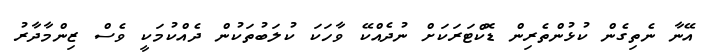
އޭނާ ނެތިގެން ކުޅުންތެރިން ޑޮކްޓަރަކަށް ނުދެއްކޭ ވާހަކަ ކުލަބުތަކުން ދެއްކުމަކީ ވެސް ޒިންމާދާރު